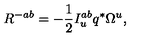
R ^ { - a b } = - { \frac { 1 } { 2 } } I _ { u } ^ { a b } q ^ { * } \Omega ^ { u } ,